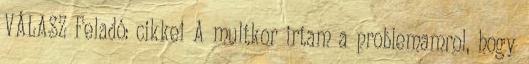
VÁLASZ Feladó: cikkei A multkor irtam a problemamrol, hogy